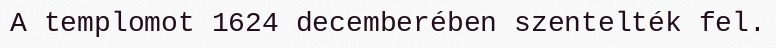
A templomot 1624 decemberében szentelték fel.